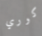
كوري